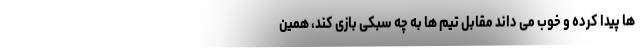
ها پیدا کرده و خوب می داند مقابل تیم ها به چه سبکی بازی کند، همین